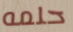
حلمه